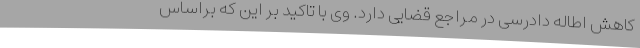
کاهش اطاله دادرسی در مراجع قضایی دارد. وی با تاکید بر این که براساس